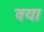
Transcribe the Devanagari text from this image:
वया